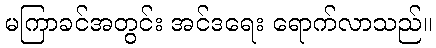
မကြာခင်အတွင်း အင်ဒရေး ရောက်လာသည်။